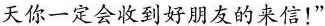
天你一定会收到好朋友的来信！”